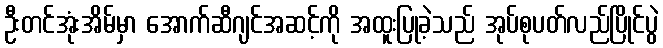
ဦးတင်အုံးအိမ်မှာ အောက်ဆီဂျင်အဆင့်ကို အထူးပြုခဲ့သည် အုပ်စုပတ်လည်ပြိုင်ပွဲ